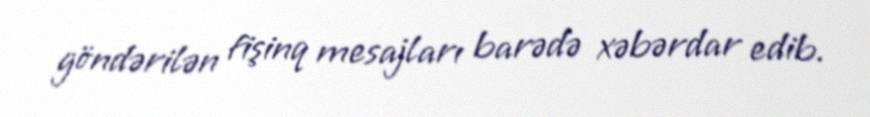
göndərilən fişinq mesajları barədə xəbərdar edib.